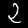
Digit: 2